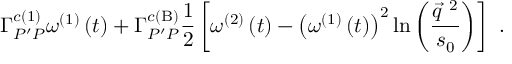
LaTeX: \Gamma _ { P ^ { \prime } P } ^ { c \left( 1 \right) } \omega ^ { \left( 1 \right) } \left( t \right) + \Gamma _ { P ^ { \prime } P } ^ { c \left( { \mathrm { \scriptsize { B } } } \right) } \frac { 1 } { 2 } \left[ \omega ^ { \left( 2 \right) } \left( t \right) - \left( \omega ^ { \left( 1 \right) } \left( t \right) \right) ^ { 2 } \mathrm { l n } \left( \frac { \vec { q } ^ { ~ 2 } } { s _ { 0 } } \right) \right] \mathrm { \ . }